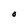
Character: O